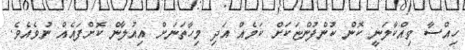
ހިއްސާ ވިއްކާލަނީ ކޮން ކުންފުންޏަކަށް ކަމެއް އަދި މިހާތަނަށް އިއުލާން ކޮށްފައެއް ނުވެއެވެ.